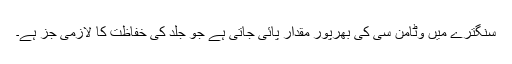
سنگترے میں وٹامن سی کی بھرپور مقدار پائی جاتی ہے جو جلد کی خفاظت کا لازمی جُز ہے۔